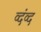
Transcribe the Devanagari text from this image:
व्दंव्द